Vana-Kasaritsa_(Kasaritsa)_vallavalitsus, lk 19
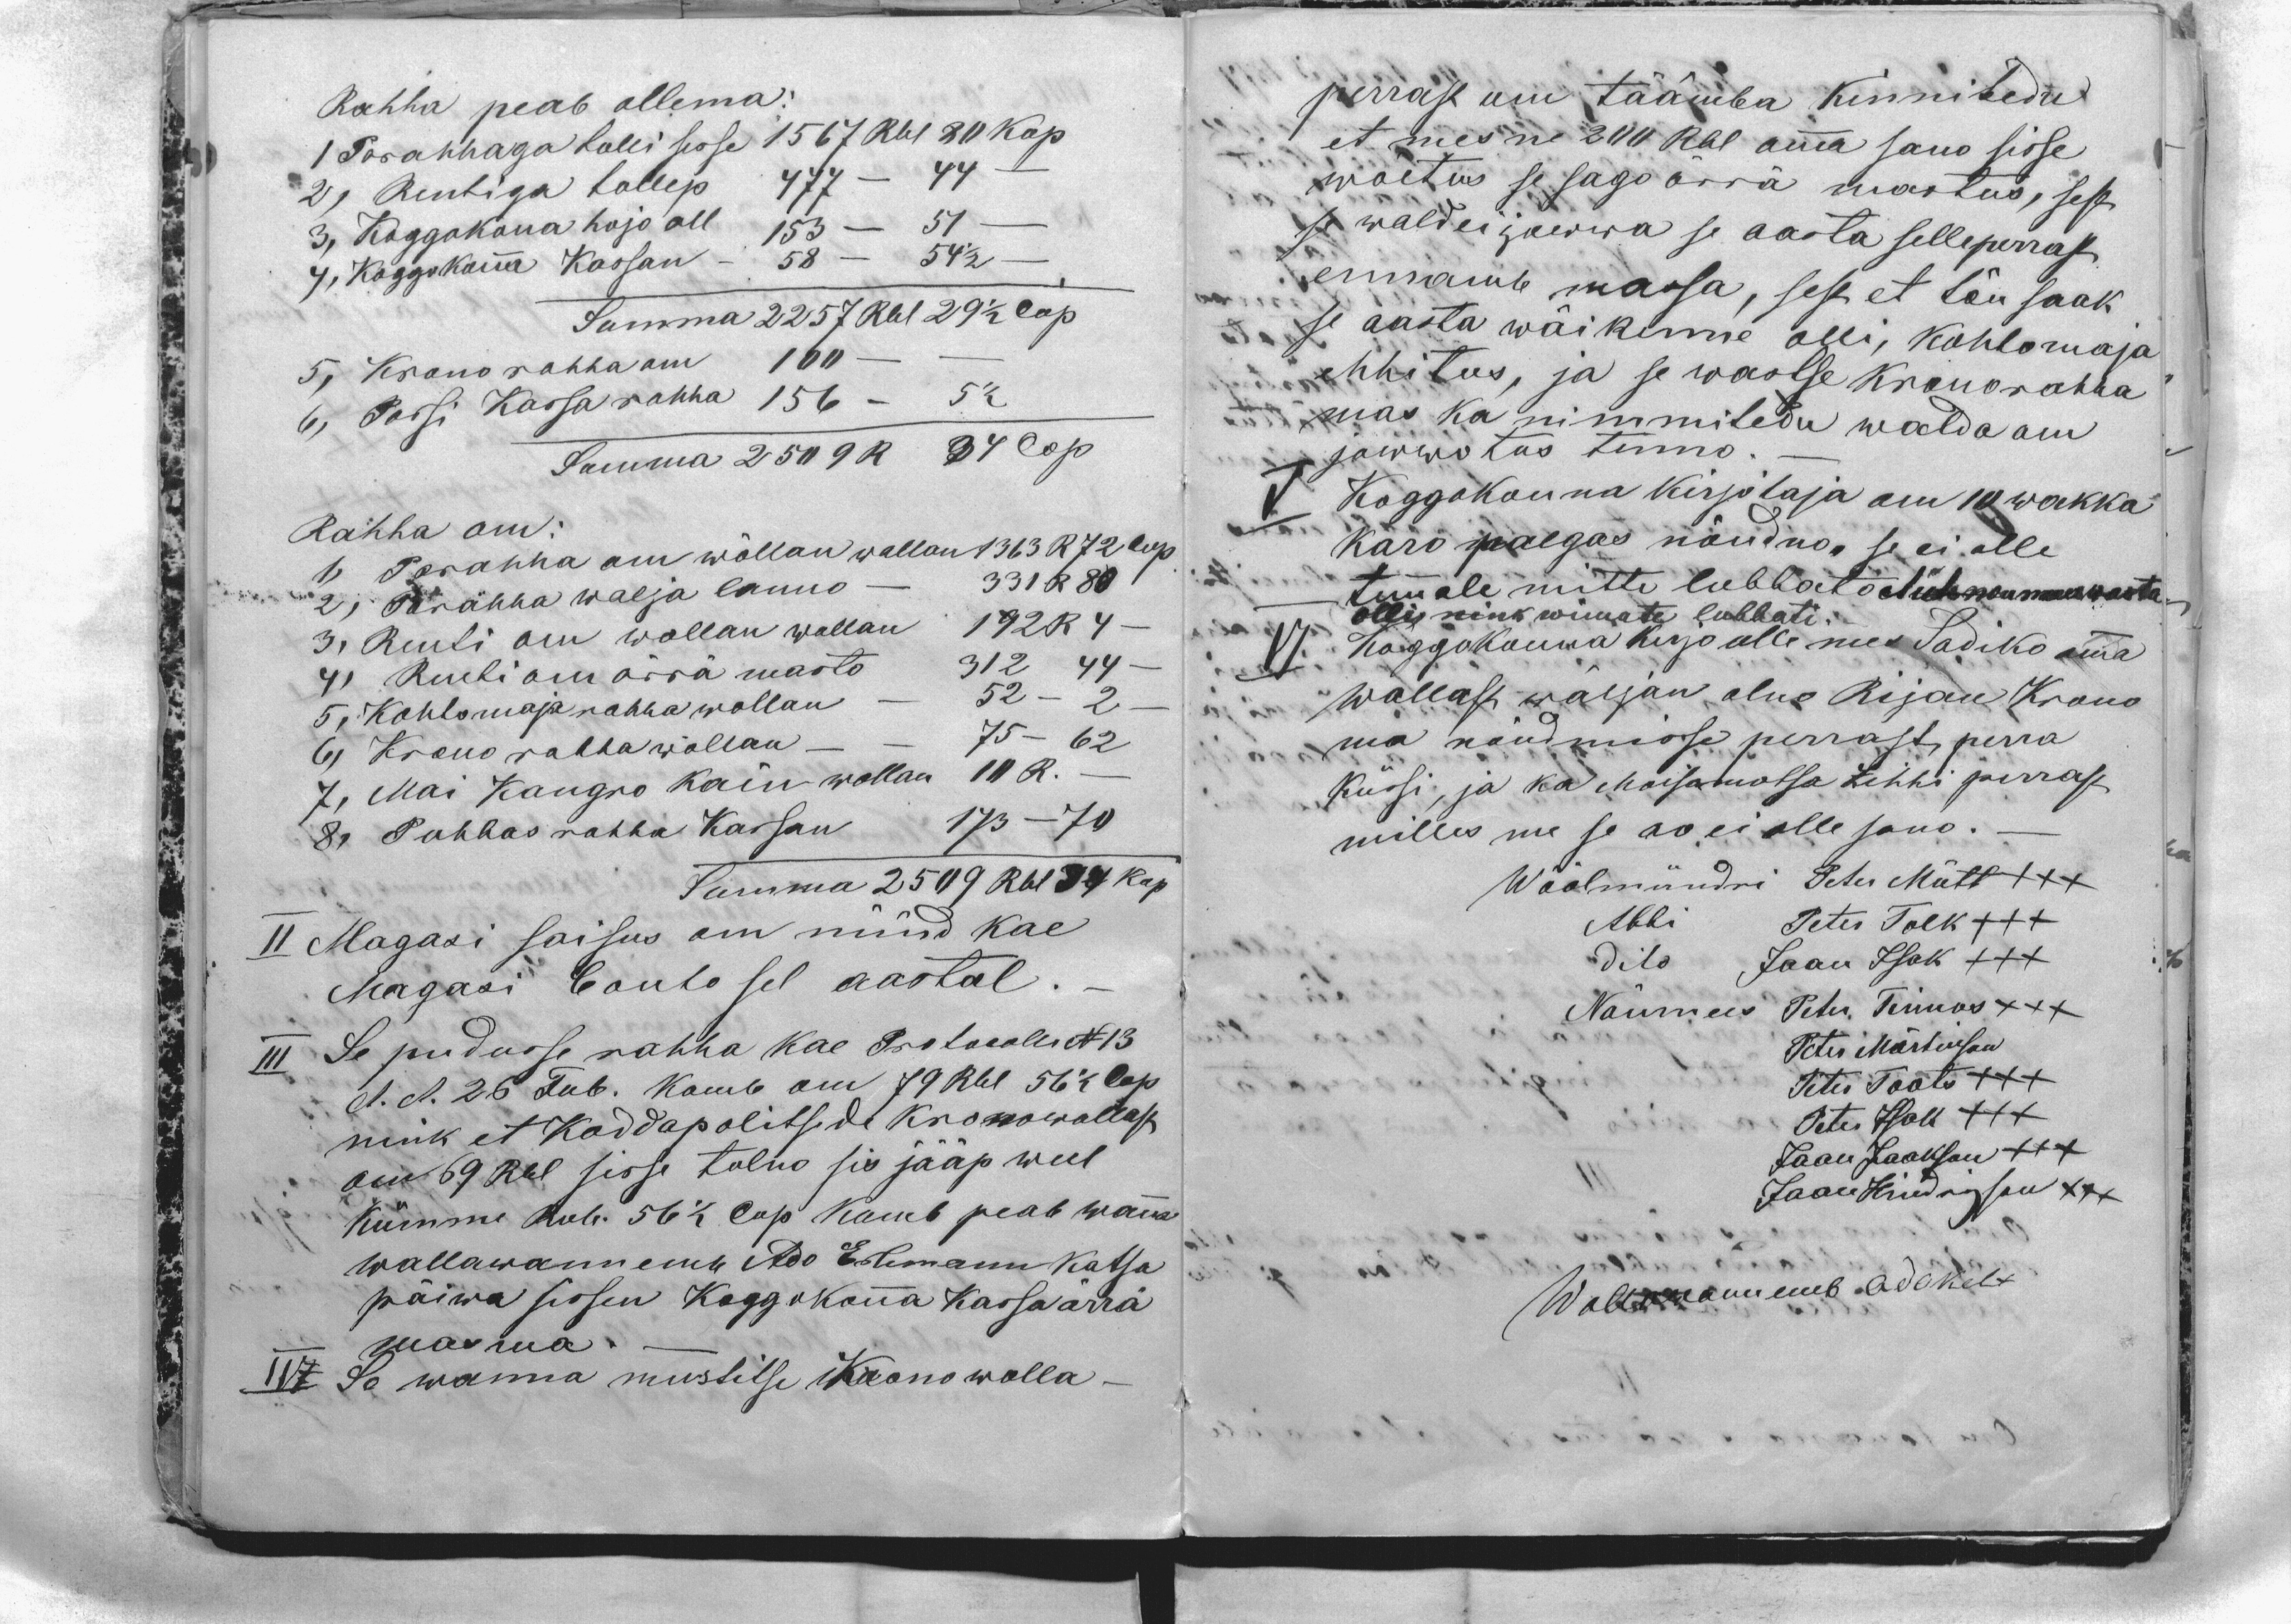
Rahha peab ollema:
1 Parahhaga tulli sisse 1567 Rbl 80 kop
2, Rentiga tullep 477 - 44 -
3, Koggokona hojo all 153 - 57 -
4, Koggokonna Kassan - 58 - 54 1/2 -
Summa 2257 Rbl 29 1/2 Cop
5, Krono rahha om 100 - -
6, Passi Kassa rahha 156 - 5 1/2
Summa 2509 R 34 Cop.
Rahha om:
1, Parahha om wõllan wallan 1363 R 72 Cop
2, Parahha walja lanno - 331 R 80
3, Renti om wollan wallan 192  R 4 -
4, Renti om ärrä masto 312 44 -
5, Kohtomaja rahha wollan - 52 - 2 -
6, Krono rahha wõllan - -  75 - 62
7, Mai Kangro kain wollan 10 R.-
8, Puhhas rahha Kassan 173 - 70
Summa 2509 Rbl 34 kop.
II Magasi saisus om nüüd kae
Magasi Conto sel aastal.-
III Se pudusse rahha kae Protocolli N 13
d. d. 26 Feeb. kamb om 79 Rbl 561/2 Cop
nink et Koddopolitsede krono wollast
om 69 Rbl sisse tulno sis jääp weel
kümme Rub. 56 1/2 Cop. Komb peab wanna
wallawannemb Ado Erlemann Katsa
päiwa sissen Koggokonna Kassa ärrä
masma.-
IV Se wanna mustitse Krono wolla-

perrast om täämba kinnitedu
et mes ne 200 Rbl omma sano sisse
wõetus se sago ärrä mastus, sest
se wald ei jowwa se aasta selleperrast
ennamb massa, sest et tõu saak
se aasta wäikenne olli, Kohtomaja
ehhitus, ja se wastse Kronorahha
mas ka nimmitedu walda om
jowwotus tenno.-
V Koggokonna kirjotaja om 10 wakka
karo palgas nõudno, se ei olle
temmale mitte lubbato et üts noumees wasta
olli nink wimate lubbati.
VI Koggokonna kirjo ülle mes Sadiko omma
wallast wäljan olno Rijan Krono
ma nõudmisse perrast perra
küssi, ja ka Moisamotsa Zehhi perrast
milles me se ao ei olle sano. -
Wöölmündri Peter Mütt XXX
Abbi Peter Tolk XXX
dito Jaan Isak XXX
Nõumees Peter Tinnos XXX
Peter Märtinson
Peter Toots XXX
Peter Isak XXX
Jaan Jaakson XXX
Jaan Hindrigson XXX
Wallawannemb Ado Kelt